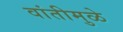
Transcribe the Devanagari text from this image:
वांतीमुळे